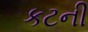
કટની